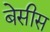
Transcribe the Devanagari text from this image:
बेसीस